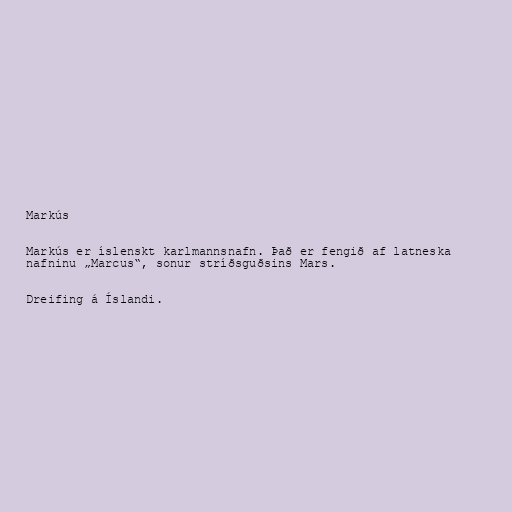
Markús

Markús er íslenskt karlmannsnafn. Það er fengið af latneska
nafninu „Marcus“, sonur stríðsguðsins Mars.

Dreifing á Íslandi.